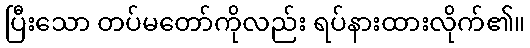
ပြီးသော တပ်မတော်ကိုလည်း ရပ်နားထားလိုက်၏။